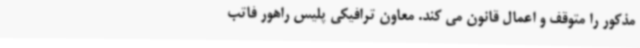
مذکور را متوقف و اعمال قانون می کند. معاون ترافیکی پلیس راهور فاتب